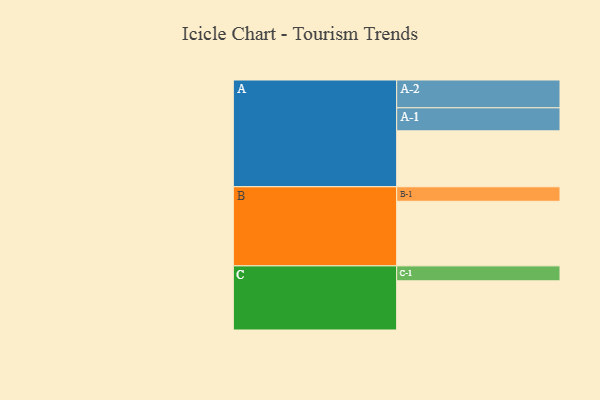
{"axis": {"x": "Segment", "y": "Value"}, "legend": ["", "A", "B", "C"], "data": [{"x": "A", "y": 505, "type": ""}, {"x": "B", "y": 583, "type": ""}, {"x": "C", "y": 444, "type": ""}, {"x": "A-1", "y": 208, "type": "A"}, {"x": "A-2", "y": 251, "type": "A"}, {"x": "B-1", "y": 131, "type": "B"}, {"x": "C-1", "y": 135, "type": "C"}]}